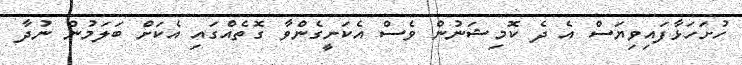
ހުށަހަޅާފައިވިޔަސް އެ ދެ ކޮމިޝަނުން ވެސް އެކަށީގެންވާ ގޮތެއްގައި އެކަށް ބަލަމުން ނުދާ